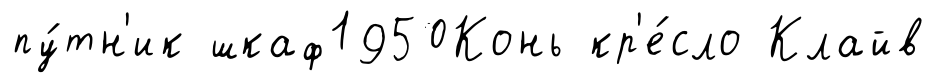
пу́тн'ик шкаф1950Конь кр'е́сло Клайв